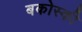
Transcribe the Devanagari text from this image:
बकोस्की